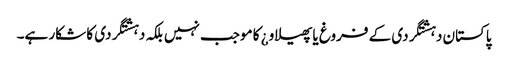
پاکستان دہشتگردی کے فروغ یا پھیلاو¿ کا موجب نہیں بلکہ دہشتگردی کا شکار ہے۔